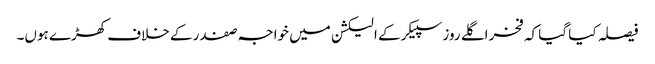
فیصلہ کیا گیا کہ فخر اگلے روز سپیکر کے الیکشن میں خواجہ صفدر کے خلاف کھڑے ہوں۔